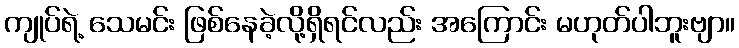
ကျုပ်ရဲ့ သေမင်း ဖြစ်နေခဲ့လို့ရှိရင်လည်း အကြောင်း မဟုတ်ပါဘူးဗျာ။